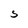
Character: S